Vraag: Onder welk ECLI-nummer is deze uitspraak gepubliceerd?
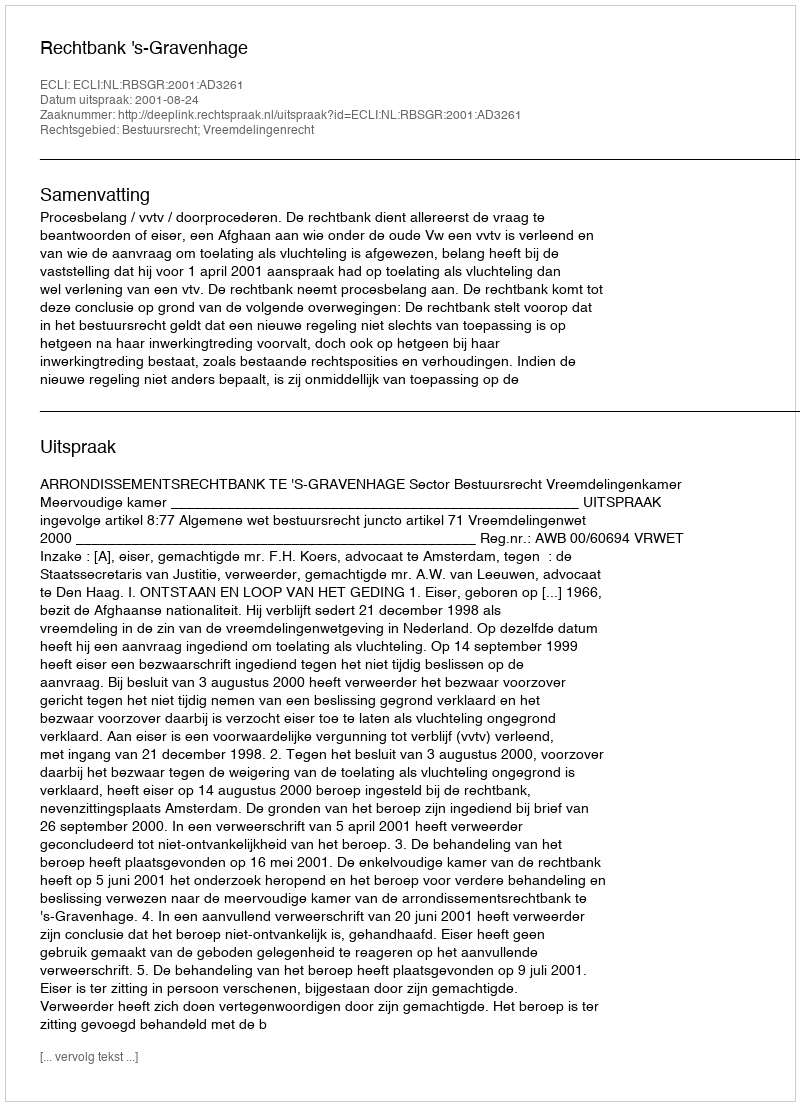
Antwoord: ECLI:NL:RBSGR:2001:AD3261